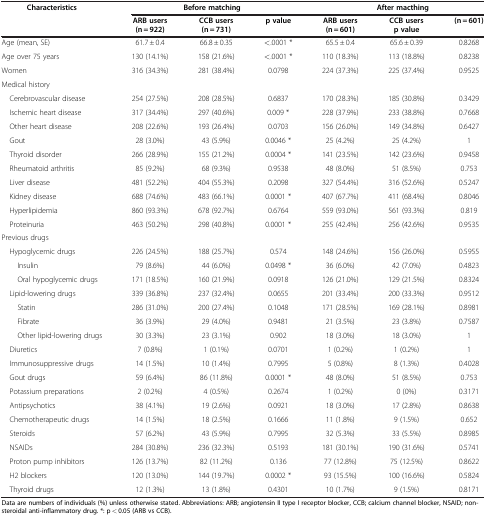
<table><thead><tr><td rowspan="2"><b>Characteristics</b></td><td colspan="3"><b>Before matching</b></td><td colspan="3"><b>After macthing</b></td></tr><tr><td><b>ARB users (n = 922)</b></td><td><b>CCB users (n = 731)</b></td><td rowspan="2"><b>p value</b></td><td><b>ARB users (n = 601)</b></td><td><b>CCB users p value</b></td><td rowspan="2"><b>(n = 601)</b></td></tr></thead><tbody><tr><td>Age (mean, SE)</td><td>61.7 ± 0.4</td><td>66.8 ± 0.35</td><td>&lt;.0001 *</td><td>65.5 ± 0.4</td><td>65.6 ± 0.39</td><td>0.8268</td></tr><tr><td>Age over 75 years</td><td>130 (14.1%)</td><td>158 (21.6%)</td><td>&lt;.0001 *</td><td>110 (18.3%)</td><td>113 (18.8%)</td><td>0.8238</td></tr><tr><td>Women</td><td>316 (34.3%)</td><td>281 (38.4%)</td><td>0.0798</td><td>224 (37.3%)</td><td>225 (37.4%)</td><td>0.9525</td></tr><tr><td colspan="7">Medical history</td></tr><tr><td> Cerebrovascular disease</td><td>254 (27.5%)</td><td>208 (28.5%)</td><td>0.6837</td><td>170 (28.3%)</td><td>185 (30.8%)</td><td>0.3429</td></tr><tr><td> Ischemic heart disease</td><td>317 (34.4%)</td><td>297 (40.6%)</td><td>0.009 *</td><td>228 (37.9%)</td><td>233 (38.8%)</td><td>0.7668</td></tr><tr><td> Other heart disease</td><td>208 (22.6%)</td><td>193 (26.4%)</td><td>0.0703</td><td>156 (26.0%)</td><td>149 (34.8%)</td><td>0.6427</td></tr><tr><td> Gout</td><td>28 (3.0%)</td><td>43 (5.9%)</td><td>0.0046 *</td><td>25 (4.2%)</td><td>25 (4.2%)</td><td>1</td></tr><tr><td> Thyroid disorder</td><td>266 (28.9%)</td><td>155 (21.2%)</td><td>0.0004 *</td><td>141 (23.5%)</td><td>142 (23.6%)</td><td>0.9458</td></tr><tr><td> Rheumatoid arthritis</td><td>85 (9.2%)</td><td>68 (9.3%)</td><td>0.9538</td><td>48 (8.0%)</td><td>51 (8.5%)</td><td>0.753</td></tr><tr><td> Liver disease</td><td>481 (52.2%)</td><td>404 (55.3%)</td><td>0.2098</td><td>327 (54.4%)</td><td>316 (52.6%)</td><td>0.5247</td></tr><tr><td> Kidney disease</td><td>688 (74.6%)</td><td>483 (66.1%)</td><td>0.0001 *</td><td>407 (67.7%)</td><td>411 (68.4%)</td><td>0.8046</td></tr><tr><td> Hyperlipidemia</td><td>860 (93.3%)</td><td>678 (92.7%)</td><td>0.6764</td><td>559 (93.0%)</td><td>561 (93.3%)</td><td>0.819</td></tr><tr><td> Proteinuria</td><td>463 (50.2%)</td><td>298 (40.8%)</td><td>0.0001 *</td><td>255 (42.4%)</td><td>256 (42.6%)</td><td>0.9535</td></tr><tr><td colspan="7">Previous drugs</td></tr><tr><td> Hypoglycemic drugs</td><td>226 (24.5%)</td><td>188 (25.7%)</td><td>0.574</td><td>148 (24.6%)</td><td>156 (26.0%)</td><td>0.5955</td></tr><tr><td>Insulin</td><td>79 (8.6%)</td><td>44 (6.0%)</td><td>0.0498 *</td><td>36 (6.0%)</td><td>42 (7.0%)</td><td>0.4823</td></tr><tr><td>Oral hypoglycemic drugs</td><td>171 (18.5%)</td><td>160 (21.9%)</td><td>0.0918</td><td>126 (21.0%)</td><td>129 (21.5%)</td><td>0.8324</td></tr><tr><td> Lipid-lowering drugs</td><td>339 (36.8%)</td><td>237 (32.4%)</td><td>0.0655</td><td>201 (33.4%)</td><td>200 (33.3%)</td><td>0.9512</td></tr><tr><td>Statin</td><td>286 (31.0%)</td><td>200 (27.4%)</td><td>0.1048</td><td>171 (28.5%)</td><td>169 (28.1%)</td><td>0.8981</td></tr><tr><td>Fibrate</td><td>36 (3.9%)</td><td>29 (4.0%)</td><td>0.9481</td><td>21 (3.5%)</td><td>23 (3.8%)</td><td>0.7587</td></tr><tr><td>Other lipid-lowering drugs</td><td>30 (3.3%)</td><td>23 (3.1%)</td><td>0.902</td><td>18 (3.0%)</td><td>18 (3.0%)</td><td>1</td></tr><tr><td> Diuretics</td><td>7 (0.8%)</td><td>1 (0.1%)</td><td>0.0701</td><td>1 (0.2%)</td><td>1 (0.2%)</td><td>1</td></tr><tr><td> Immunosuppressive drugs</td><td>14 (1.5%)</td><td>10 (1.4%)</td><td>0.7995</td><td>5 (0.8%)</td><td>8 (1.3%)</td><td>0.4028</td></tr><tr><td> Gout drugs</td><td>59 (6.4%)</td><td>86 (11.8%)</td><td>0.0001 *</td><td>48 (8.0%)</td><td>51 (8.5%)</td><td>0.753</td></tr><tr><td> Potassium preparations</td><td>2 (0.2%)</td><td>4 (0.5%)</td><td>0.2674</td><td>1 (0.2%)</td><td>0 (0%)</td><td>0.3171</td></tr><tr><td> Antipsychotics</td><td>38 (4.1%)</td><td>19 (2.6%)</td><td>0.0921</td><td>18 (3.0%)</td><td>17 (2.8%)</td><td>0.8638</td></tr><tr><td> Chemotherapeutic drugs</td><td>14 (1.5%)</td><td>18 (2.5%)</td><td>0.1666</td><td>11 (1.8%)</td><td>9 (1.5%)</td><td>0.652</td></tr><tr><td> Steroids</td><td>57 (6.2%)</td><td>43 (5.9%)</td><td>0.7995</td><td>32 (5.3%)</td><td>33 (5.5%)</td><td>0.8985</td></tr><tr><td> NSAIDs</td><td>284 (30.8%)</td><td>236 (32.3%)</td><td>0.5193</td><td>181 (30.1%)</td><td>190 (31.6%)</td><td>0.5741</td></tr><tr><td> Proton pump inhibitors</td><td>126 (13.7%)</td><td>82 (11.2%)</td><td>0.136</td><td>77 (12.8%)</td><td>75 (12.5%)</td><td>0.8622</td></tr><tr><td> H2 blockers</td><td>120 (13.0%)</td><td>144 (19.7%)</td><td>0.0002 *</td><td>93 (15.5%)</td><td>100 (16.6%)</td><td>0.5824</td></tr><tr><td> Thyroid drugs</td><td>12 (1.3%)</td><td>13 (1.8%)</td><td>0.4301</td><td>10 (1.7%)</td><td>9 (1.5%)</td><td>0.8171</td></tr></tbody></table>